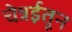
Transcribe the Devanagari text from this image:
चेन्नईतून